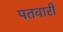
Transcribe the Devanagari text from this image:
पतवारी